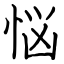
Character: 悩